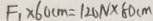
F _ { 1 } \times 6 0 c m = 1 2 0 N \times 8 0 c m